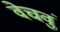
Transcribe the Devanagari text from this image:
वेचवुं